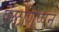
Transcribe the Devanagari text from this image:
पळणिप्पन